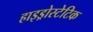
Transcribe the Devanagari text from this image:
हाइड्रोस्टेटिक